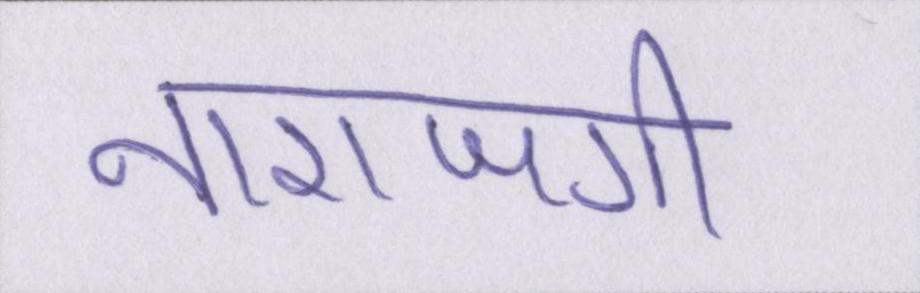
नाराजगी